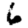
Digit: 6